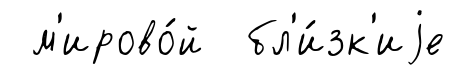
м'ирово́й бл'и́зк'иjе